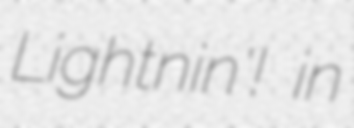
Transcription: Lightnin'! in